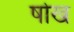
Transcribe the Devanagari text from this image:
षोख